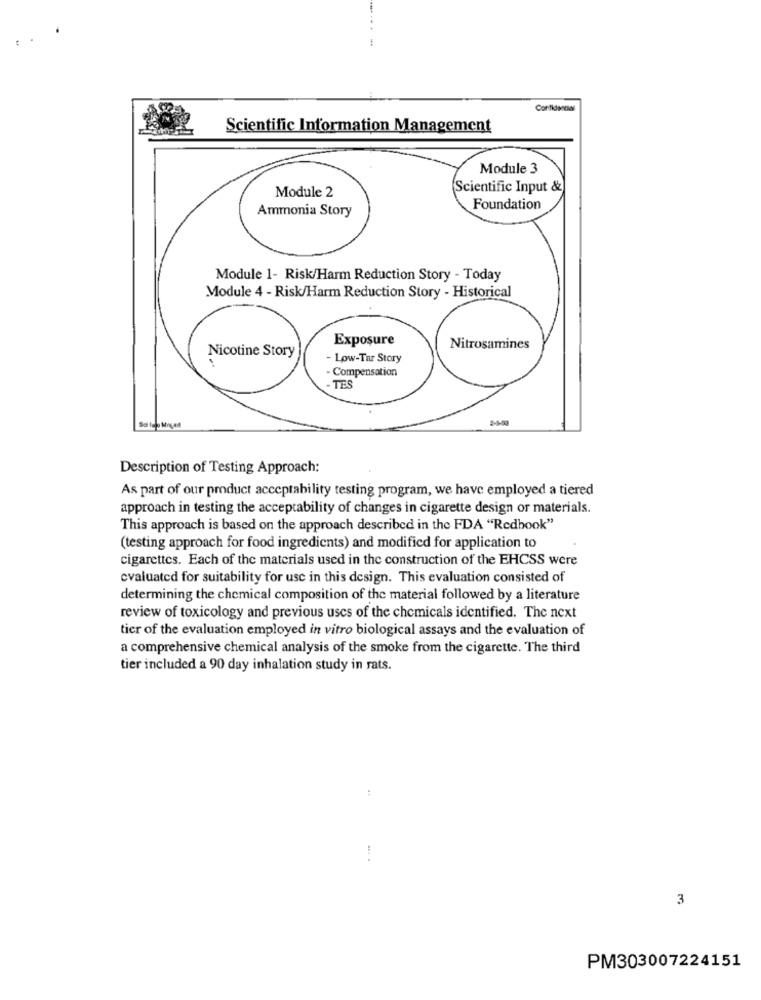
Scientific Information Management
Module 3
Module 2
Scientific Input &
Ammonia Story
Foundation
Module 1- Risk/Harm Reduction Story - Today
Module 4 - Risk/Harm Reduction Story - Historical
Exposure
Nitrosamines
Nicotine Story
- Low-Tar Story
Compensation
TE
Description of Testing Approach:
As part of our product acceptability testing program, we have employed a tiered
approach in testing the acceptability of changes in cigarette design or materials.
This approach is based on the approach described in the FDA "Redbook"
(testing approach for food ingredients) and modified for application to
cigarettes. Each of the materials used in the construction of the EHCSS were
evaluated for suitability for use in this design. This evaluation consisted of
determining the chemical composition of the material followed by a literature
review of toxicology and previous uses of the chemicals identified. The next
tier of the evaluation employed in vitro biological assays and the evaluation of
a comprehensive chemical analysis of the smoke from the cigarette. The third
tier included a 90 day inhalation study in rats.
...
3
PM303007224151